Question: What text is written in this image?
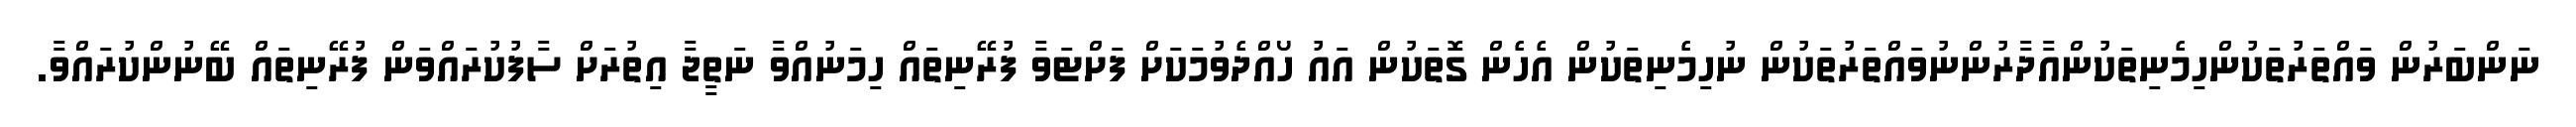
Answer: ނަންބަރުން ވައްތަރުތަކުންހިމެނިތަކުންއާދާރުންނުވައްތަރުތަކުން ނުހިމެނިތަކުން އެހެން ގޮތަކުން އައު ހޯއްދެވުމަކަށް ފަށްޓަވާ ފުރޭނިތައް ހިމަނުއްވާ ނަތީޖާ އިތުރަށް ސާފުކުރައްވަން ފުރޭނިތައް ބޭނުންކުރައްވާ.